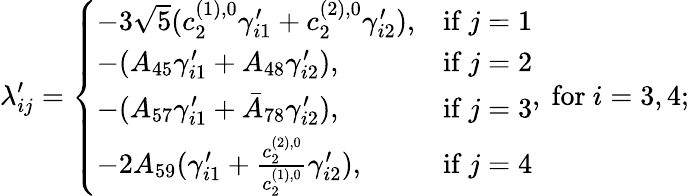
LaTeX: \lambda_{ij}^{\prime}=\left\{ \begin{array}{ll}{-3\sqrt{5}(c_{2}^{(1),0}\gamma_{i1}^{\prime}+c_{2}^{(2),0}\gamma_{i2}^{\prime}),}&{\mathrm{if~}j=1}\\ {-(A_{45}\gamma_{i1}^{\prime}+A_{48}\gamma_{i2}^{\prime}),}&{\mathrm{if~}j=2}\\ {-(A_{57}\gamma_{i1}^{\prime}+\bar{A}_{78}\gamma_{i2}^{\prime}),}&{\mathrm{if~}j=3}\\ {-2A_{59}(\gamma_{i1}^{\prime}+\frac{c_{2}^{(2),0}}{c_{2}^{(1),0}}\gamma_{i2}^{\prime}),}&{\mathrm{if~}j=4}\end{array}\right.,\mathrm{~for~}i=3,4;